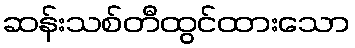
ဆန်းသစ်တီထွင်ထားသော